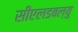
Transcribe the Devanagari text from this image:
सीएलडबल्यु